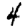
Digit: 4